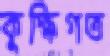
কুক্ষিগত